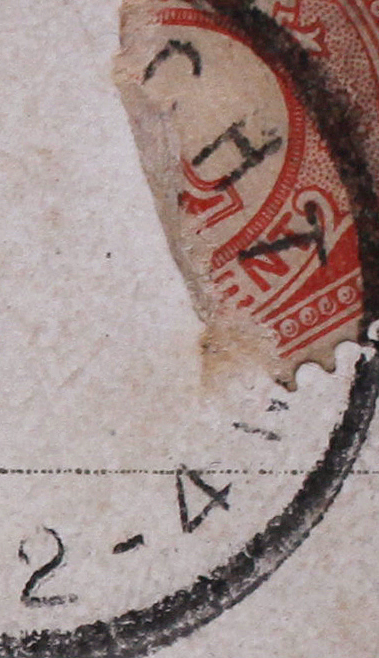
CHT 4-2